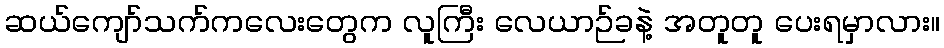
ဆယ်ကျော်သက်ကလေးတွေက လူကြီး လေယာဉ်ခနဲ့ အတူတူ ပေးရမှာလား။